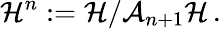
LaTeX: {\cal H}^{n}:={\cal H}/{\cal A}_{n+1}{\cal H}\, .